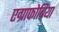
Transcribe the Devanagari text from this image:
एग्राफोबिया